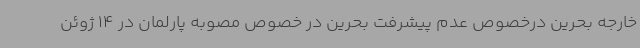
خارجه بحرین درخصوص عدم پیشرفت بحرین در خصوص مصوبه پارلمان در 14 ژوئن